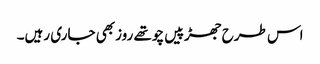
اس طرح جھڑپیں چوتھے روزبھی جاری رہیں۔